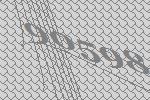
90598